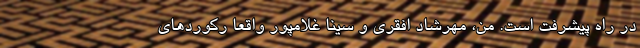
در راه پیشرفت است. من، مهرشاد افقری و سینا غلامپور واقعا رکورد‌های